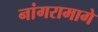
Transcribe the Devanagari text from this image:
नांगरामागे